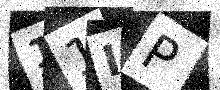
Text: 11IP